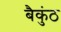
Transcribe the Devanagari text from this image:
बैकुंठ